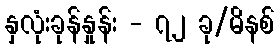
နှလုံးခုန်နှုန်း - ၇၂ ခု/မိနစ်